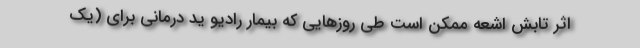
اثر تابش اشعه ممکن است طی روزهایی که بیمار رادیو ید درمانی برای (یک